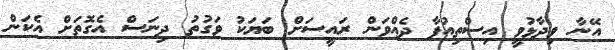
އޭނާ ވިދާޅުވީ އިސްތިއުފާ ދެއްވަން ރައީސަށް ބަޔަކު ވަގުތު ދިނަސް އެގޮތަށް އެކަން